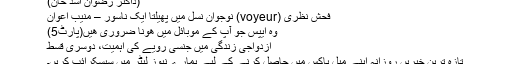
(ڈاکٹر رضوان اسد خان)
فحش نظری (voyeur) نوجوان نسل میں پھیلتا ایک ناسور – منیب اعوان
وہ ایپس جو آپ کے موبائل میں ھونا ضروری ھیں(پارٹ5)
ازدواجی زندگی میں جنسی رویے کی اہمیت، دوسری قسط
تازہ ترین خبریں روزانہ اپنے میل باکس میں حاصل کرنے کے لیے ہمارے نیوز لیٹر میں سبسکرائب کریں۔